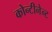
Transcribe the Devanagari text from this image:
कोन्टीनेन्ट